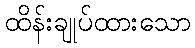
ထိန်းချုပ်ထားသော